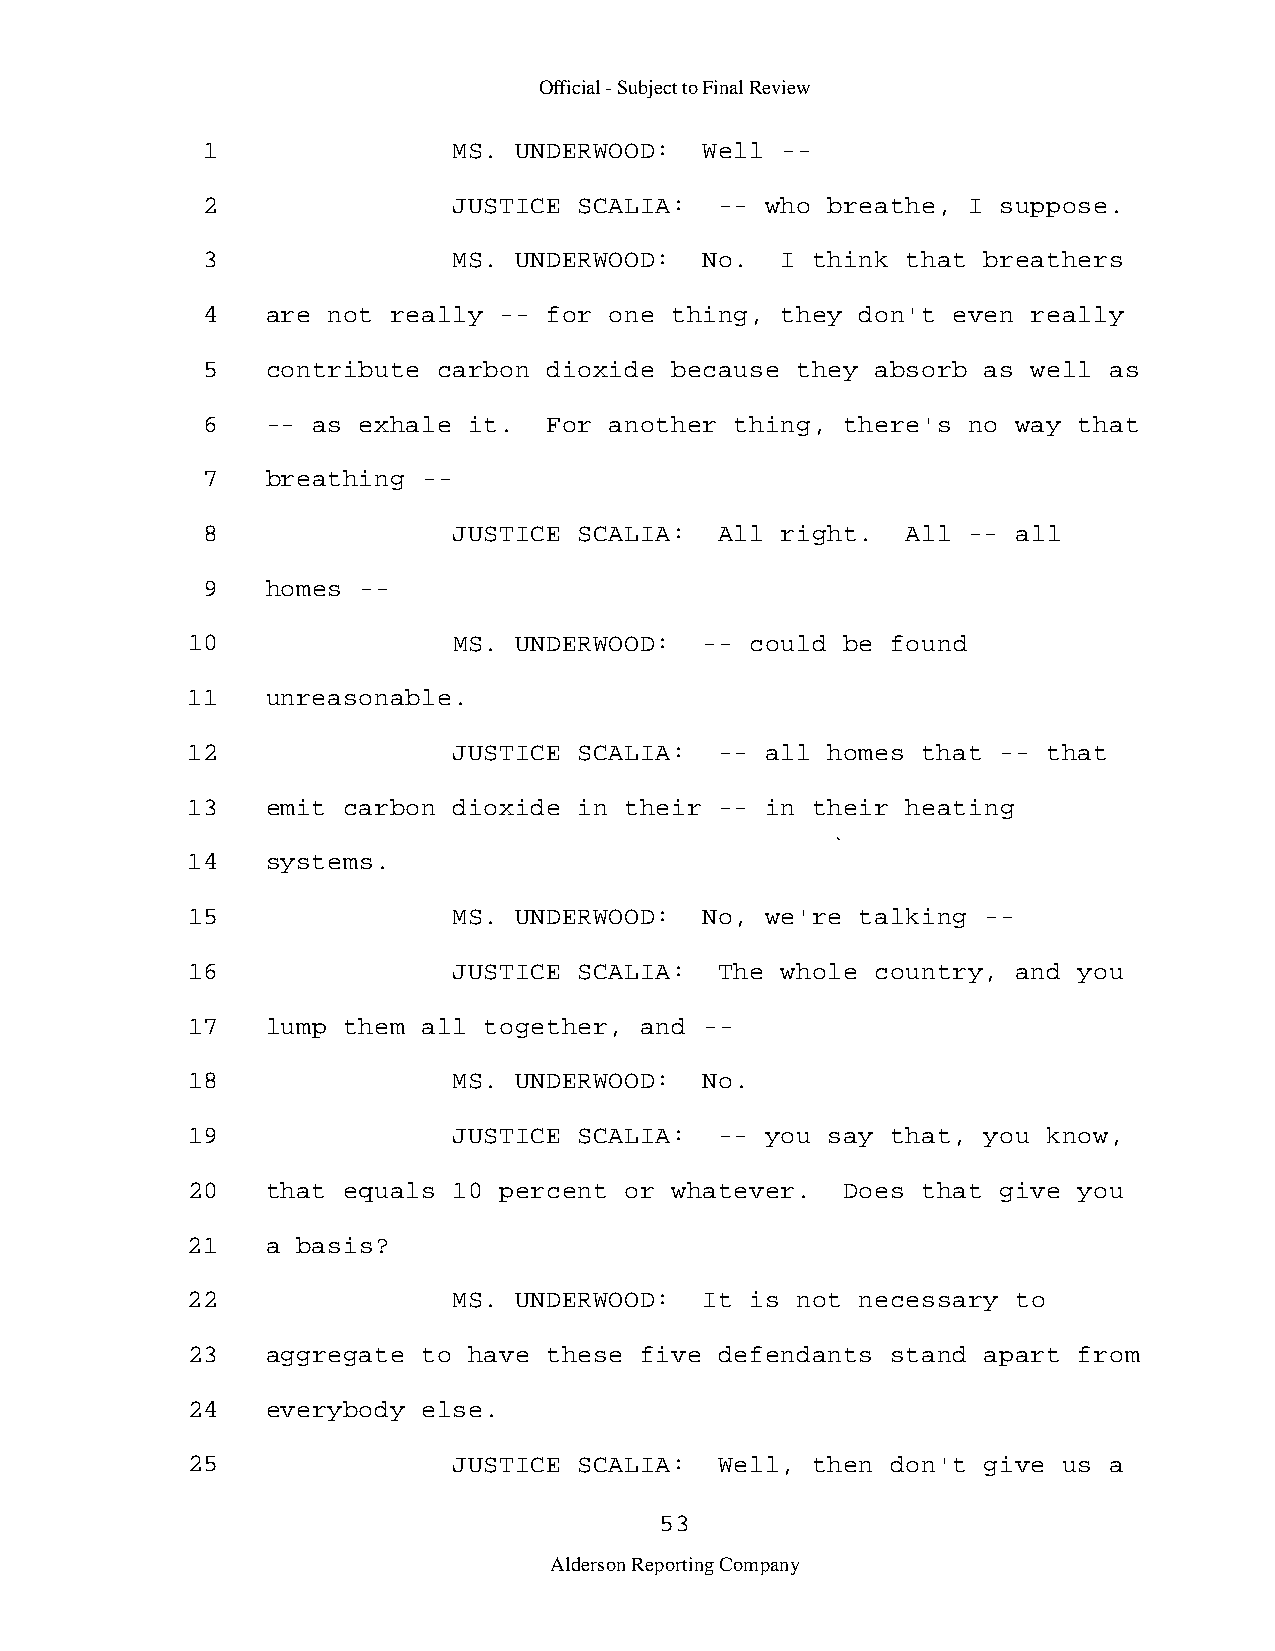
Official - Subject to Final Review
 1                MS. UNDERWOOD:   Well -­
 2                JUSTICE SCALIA:   -- who breathe, I suppose.
 3                MS. UNDERWOOD:   No.  I think that breathers
 4    are not really -- for one thing,  they don't even really
 5    contribute carbon dioxide because  they absorb as well as
 6    -- as exhale it.  For another  thing, there's no way that
 7    breathing -­
 8                JUSTICE SCALIA:   All right.  All -- all
 9    homes -­
 10                MS. UNDERWOOD:   -- could be found
 11    unreasonable.
 12                JUSTICE SCALIA:   -- all homes that -- that
 13    emit carbon dioxide in their  -- in their heating
 14    systems.
 15                MS. UNDERWOOD:   No, we're talking -­
 16                JUSTICE SCALIA:   The whole country, and you
 17    lump them all together, and  -­
 18                MS. UNDERWOOD:   No.
 19                JUSTICE SCALIA:   -- you say that, you know,
 20    that equals 10 percent or whatever.   Does that give you
 21    a basis?
 22                MS. UNDERWOOD:   It is not necessary to
 23    aggregate to have these five  defendants stand apart from
 24    everybody else.
 25                JUSTICE SCALIA:   Well, then don't give us a
 53
 Alderson Reporting Company